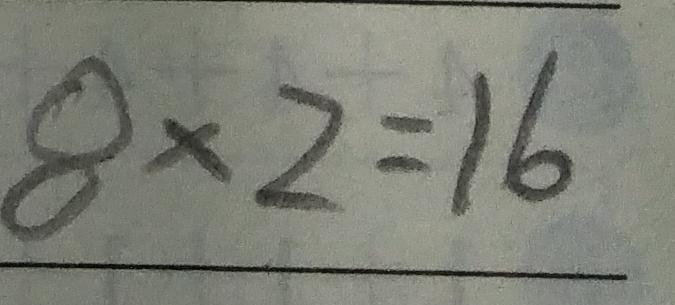
8 \times 2 = 1 6